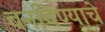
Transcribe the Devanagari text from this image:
वनविण्याचे